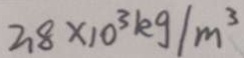
2 . 8 \times 1 0 ^ { 3 } k g / m ^ { 3 }